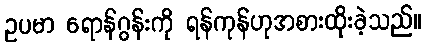
ဥပမာ ရောန်ဂွန်းကို ရန်ကုန်ဟုအစားထိုးခဲ့သည်။